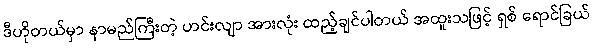
ဒီဟိုတယ်မှာ နာမည်ကြီးတဲ့ ဟင်းလျာ အားလုံး ထည့်ချင်ပါတယ် အထူးသဖြင့် ရှစ် ရောင်ခြယ်